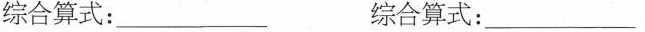
综合算式：_____ 综合算式：_____